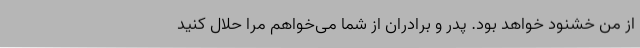
از من خشنود خواهد بود. پدر و برادران از شما می‌خواهم مرا حلال کنید